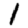
Digit: 1